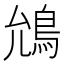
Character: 𮬯